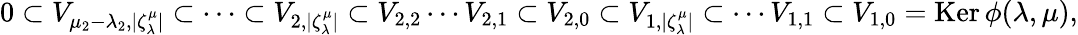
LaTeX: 0\subset V_{\mu_{2}-\lambda_{2},|\zeta_{\lambda}^{\mu}|}\subset\cdots\subset V_{2,|\zeta_{\lambda}^{\mu}|}\subset V_{2,2}\cdots V_{2,1}\subset V_{2,0}\subset V_{1,|\zeta_{\lambda}^{\mu}|}\subset\cdots V_{1,1}\subset V_{1,0}=\operatorname{Ker}\phi(\lambda,\mu),